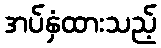
အပ်နှံထားသည့်